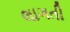
લાગતી